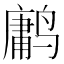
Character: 𱊤